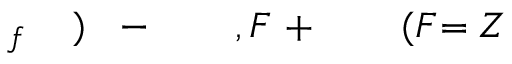
Z \! \! \! \! \! \! \! \! \! \! \! \! = \! \! \! \! \! \! \! \! \! \! \! \! ( F \! \! \! \! \! \! \! \! \! \! \! \! ^ { \! } \! \! \! \! \! \! \! \! \! \! \! + \! \! \! \! \! \! \! \! \! \! \! \! , F \! \! \! \! \! \! \! \! \! \! \! \! ^ { \! } \! \! \! \! \! \! \! \! \! \! \! - \! \! \! \! \! \! \! \! \! \! \! \! ) \! \! \! \! \! \! \! \! \! \! \! \! _ { f } \! \! \! \! \! \! \! \! \! \! \!